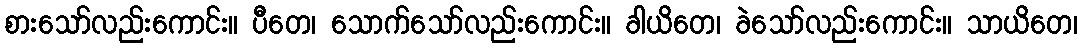
စားသော်လည်းကောင်း။ ပီတေ၊ သောက်သော်လည်းကောင်း။ ခါယိတေ၊ ခဲသော်လည်းကောင်း။ သာယိတေ၊